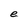
Character: e